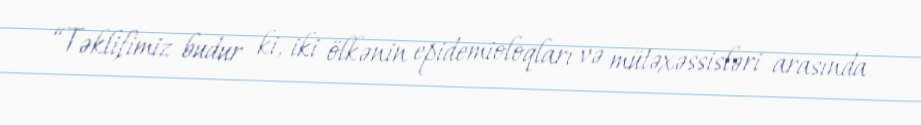
“Təklifimiz budur ki, iki ölkənin epidemioloqları və mütəxəssisləri arasında